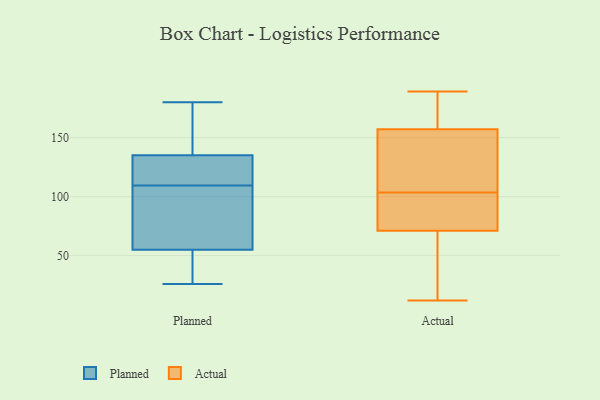
{"axis": {"x": "Active Users", "y": "Value"}, "legend": ["Actual", "Planned"], "data": [{"x": "", "y": 27, "type": "Planned"}, {"x": "", "y": 180, "type": "Planned"}, {"x": "", "y": 72, "type": "Planned"}, {"x": "", "y": 55, "type": "Planned"}, {"x": "", "y": 142, "type": "Planned"}, {"x": "", "y": 154, "type": "Planned"}, {"x": "", "y": 26, "type": "Planned"}, {"x": "", "y": 119, "type": "Planned"}, {"x": "", "y": 108, "type": "Planned"}, {"x": "", "y": 55, "type": "Planned"}, {"x": "", "y": 156, "type": "Planned"}, {"x": "", "y": 128, "type": "Planned"}, {"x": "", "y": 104, "type": "Planned"}, {"x": "", "y": 111, "type": "Planned"}, {"x": "", "y": 135, "type": "Planned"}, {"x": "", "y": 74, "type": "Planned"}, {"x": "", "y": 135, "type": "Planned"}, {"x": "", "y": 37, "type": "Planned"}, {"x": "", "y": 78, "type": "Actual"}, {"x": "", "y": 180, "type": "Actual"}, {"x": "", "y": 94, "type": "Actual"}, {"x": "", "y": 135, "type": "Actual"}, {"x": "", "y": 19, "type": "Actual"}, {"x": "", "y": 181, "type": "Actual"}, {"x": "", "y": 179, "type": "Actual"}, {"x": "", "y": 189, "type": "Actual"}, {"x": "", "y": 117, "type": "Actual"}, {"x": "", "y": 37, "type": "Actual"}, {"x": "", "y": 87, "type": "Actual"}, {"x": "", "y": 12, "type": "Actual"}, {"x": "", "y": 16, "type": "Actual"}, {"x": "", "y": 65, "type": "Actual"}, {"x": "", "y": 77, "type": "Actual"}, {"x": "", "y": 133, "type": "Actual"}, {"x": "", "y": 181, "type": "Actual"}, {"x": "", "y": 122, "type": "Actual"}, {"x": "", "y": 113, "type": "Actual"}, {"x": "", "y": 94, "type": "Actual"}]}